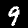
Label: 9